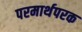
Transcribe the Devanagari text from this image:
परमार्थपरक